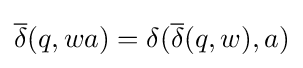
{\overline {\delta }}(q,wa)=\delta ({\overline {\delta }}(q,w),a)